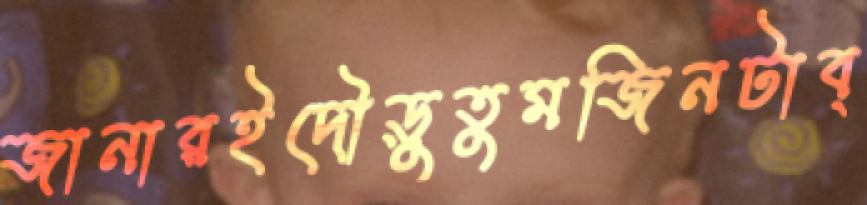
জানারইদৌড়ুতুমজিনটাব্